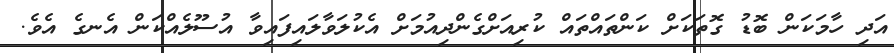
އަދި ހާމަކަން ބޮޑު ގޮތަކަށް ކަންތައްތައް ކުރިއަށްގެންދިއުމަށް އެކުލަވާލައިފައިވާ އުސޫލެއްކަން އެނގެ އެވެ.